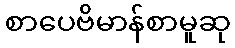
စာပေဗိမာန်စာမူဆု